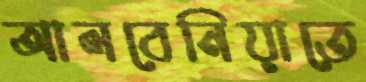
আলবেনিয়াতে